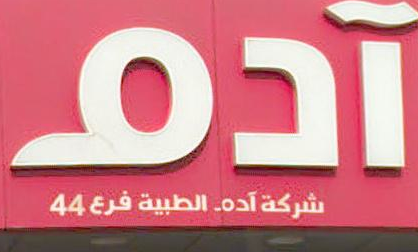
آدم